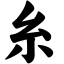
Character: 糸